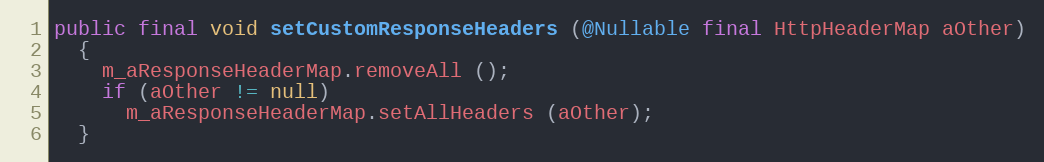
Language: Java
public final void setCustomResponseHeaders (@Nullable final HttpHeaderMap aOther)
  {
    m_aResponseHeaderMap.removeAll ();
    if (aOther != null)
      m_aResponseHeaderMap.setAllHeaders (aOther);
  }